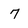
Character: 7